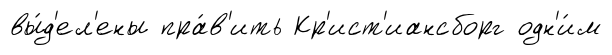
вы́д'ел'ены пра́в'ить Кр'ист'иансборг одн'и́м